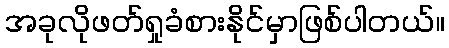
အခုလိုဖတ်ရှုခံစားနိုင်မှာဖြစ်ပါတယ်။